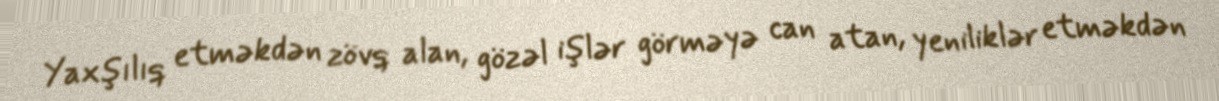
Yaxşılıq etməkdən zövq alan, gözəl işlər görməyə can atan, yeniliklər etməkdən